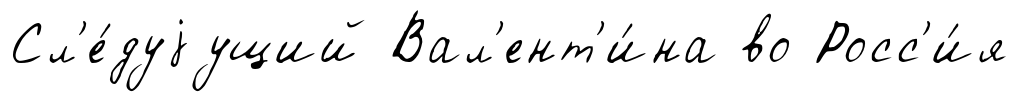
Сл'е́дуjущий Вал'ент'и́на во Росс'и́я